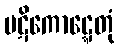
ပဋိကောဋ္ဋေတုံ